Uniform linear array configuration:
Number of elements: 12
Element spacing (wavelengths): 0.75
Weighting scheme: kaiser
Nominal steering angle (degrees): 60
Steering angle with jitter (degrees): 60.08
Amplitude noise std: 0.05
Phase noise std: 0.05

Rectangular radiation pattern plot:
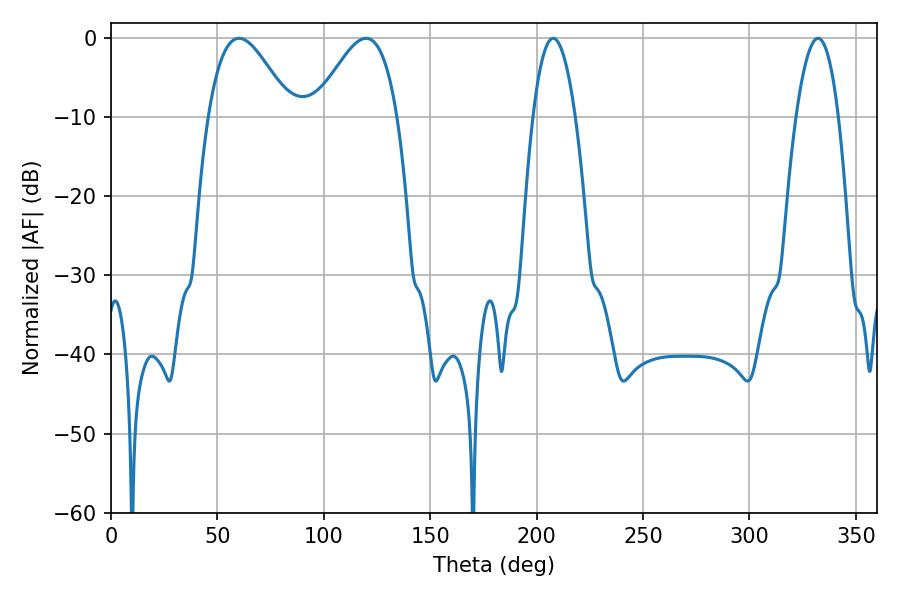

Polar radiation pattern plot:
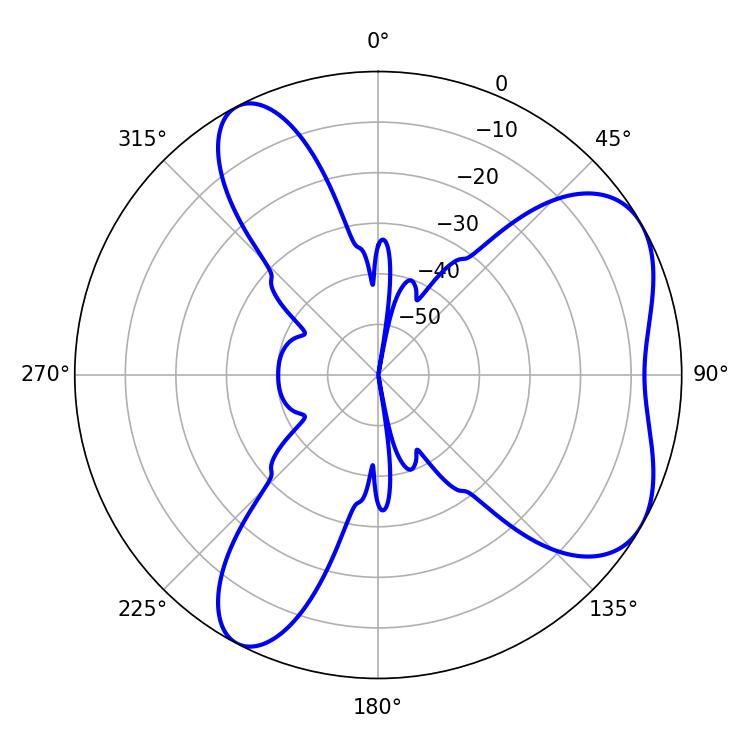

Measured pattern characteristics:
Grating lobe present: TRUE
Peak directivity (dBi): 5.712
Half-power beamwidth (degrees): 20.88
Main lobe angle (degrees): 60.12